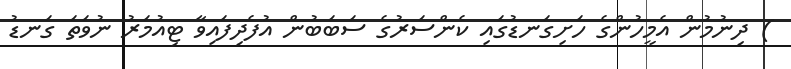
) ދިނުމުން އެމީހުންގެ ހަށިގަނޑުގައި ކެންސަރުގެ ސަބަބުން އުފެދިފައިވާ ޓިއުމަރު ނުވަތަ ގަނޑު